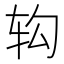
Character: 𲅁